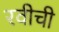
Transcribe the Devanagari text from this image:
रवीची